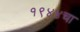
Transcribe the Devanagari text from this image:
१९४४चा